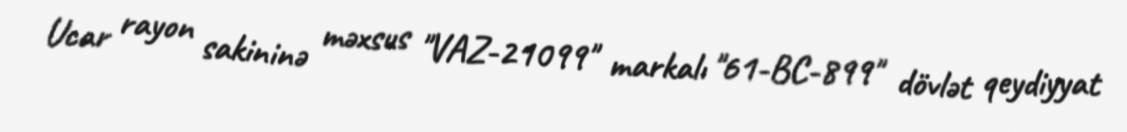
Ucar rayon sakininə məxsus "VAZ-21099" markalı "61-BC-899" dövlət qeydiyyat